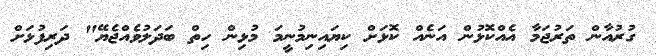
ގުރުއާން ތަރުޖަމާ އެއްކޮޅުން އަނެއް ކޮޅަށް ކިޔައިނިމުނީމަ މުޅިން ހިތް ބަދަލުވެއްޖެޔޭ" ދަރިފުޅަށް